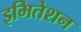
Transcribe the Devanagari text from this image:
इमितेशन